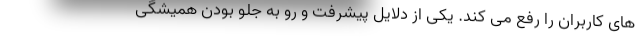
های کاربران را رفع می کند. یکی از دلایل پیشرفت و رو به جلو بودن همیشگی